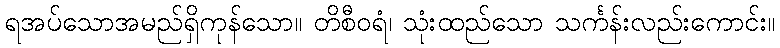
ရအပ်သောအမည်ရှိကုန်သော။ တိစီဝရံ၊ သုံးထည်သော သင်္ကန်းလည်းကောင်း။